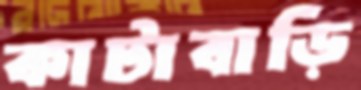
কাটাবাড়ি